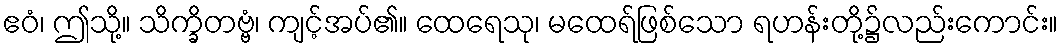
ဧဝံ၊ ဤသို့။ သိက္ခိတဗ္ဗံ၊ ကျင့်အပ်၏။ ထေရေသု၊ မထေရ်ဖြစ်သော ရဟန်းတို့၌လည်းကောင်း။